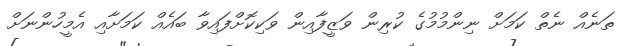
ތަނެއް ނެތް ކަމަށް ނިންމުމުގެ ކުރިން ވަޒީފާއިން ވަކިކޮށްފައިވާ ބައެއް ކަމަށާއި އެމީހުންނަށް